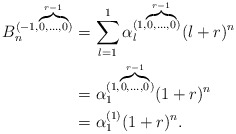
\begin{align*}B_n^{(-1,\overbrace {\scriptstyle{0,\ldots,0}}^{r-1})}&=\displaystyle \sum_{l=1}^{1} {\alpha}_l^{(1,\overbrace {\scriptstyle{0,\ldots,0}}^{r-1})} (l+r)^n\\&={\alpha}_1^{(1,\overbrace {\scriptstyle{0,\ldots,0}}^{r-1})}(1+r)^n\\&={\alpha}_1^{(1)}(1+r)^n .\end{align*}